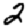
Digit: 2